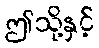
ဤသို့နှင့်